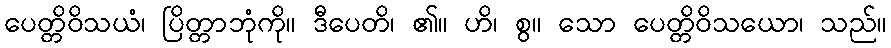
ပေတ္တိဝိသယံ၊ ပြိတ္တာဘုံကို။ ဒီပေတိ၊ ၏။ ဟိ၊ စွ။ သော ပေတ္တိဝိသယော၊ သည်။